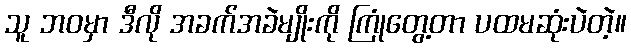
သူ ဘဝမှာ ဒီလို အခက်အခဲမျိုးကို ကြုံတွေ့တာ ပထမဆုံးပဲတဲ့။